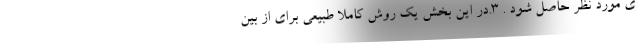
ی مورد نظر حاصل شود . ٣.در این بخش یک روش کاملا طبیعی برای از بین